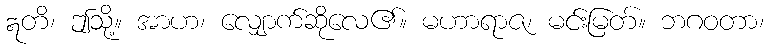
ဣတိ၊ ဤသို့။ အာဟ၊ လျှောက်ဆိုလေ၏။ မဟာရာဇ၊ မင်းမြတ်။ ဘဂဝတာ၊